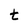
Character: t